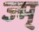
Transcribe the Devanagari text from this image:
ज्म्